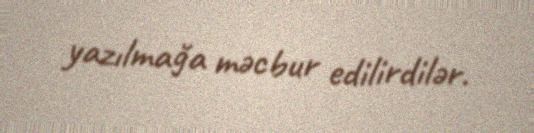
yazılmağa məcbur edilirdilər.